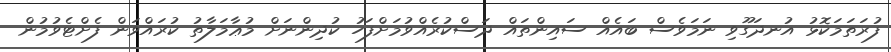
ފުރަތަމަކޮޅު އުނދަގޫވި ނަމަވެސް ބައެއް ސައިންތައް ދަސްކުރެއްވުމަށްފަހު ކުދިންނަށް މުޢާމަލާތު ކުރައްވަން ފެށްޓެވުމުން